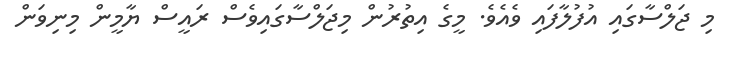
މި ޖަލްސާގައި އުފުލާފައި ވެއެވެ. މީގެ އިތުރުން މިޖަލްސާގައިވެސް ރައީސް ޔާމީން މިނިވަން